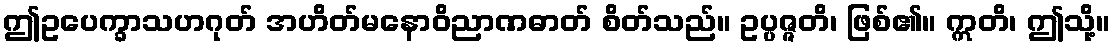
ဤဥပေက္ခာသဟဂုတ် အဟိတ်မနောဝိညာဏဓာတ် စိတ်သည်။ ဥပ္ပဇ္ဇတိ၊ ဖြစ်၏။ ဣတိ၊ ဤသို့။